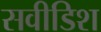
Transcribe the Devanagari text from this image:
सवीडिश